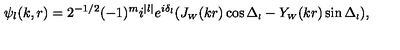
\psi _ { l } ( k , r ) = 2 ^ { - 1 / 2 } ( - 1 ) ^ { m } i ^ { | l | } e ^ { i \delta _ { l } } ( J _ { \scriptscriptstyle { W } } ( k r ) \cos \Delta _ { \scriptscriptstyle { l } } - Y _ { \scriptscriptstyle { W } } ( k r ) \sin \Delta _ { \scriptscriptstyle { l } } ) ,